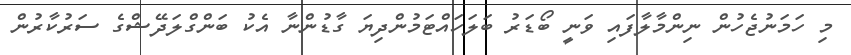
މި ހަމަނުޖެހުން ނިންމާލާފައި ވަނީ ބޯޑަރު ބަލަހައްޓަމުންދިޔަ ގާޑުންނާ އެކު ބަންގްލަދޭޝްގެ ސަރުކާރުން